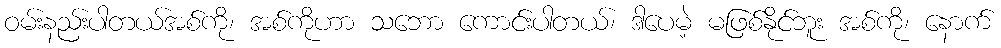
ဝမ်းနည်းပါတယ်အစ်ကို၊ အစ်ကိုဟာ သဘော ကောင်းပါတယ်၊ ဒါပေမဲ့ မဖြစ်နိုင်ဘူး အစ်ကို၊ နောက်